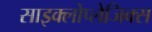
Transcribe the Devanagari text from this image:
साइक्लोप्लेजिक्स